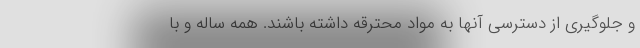
و جلوگیری از دسترسی آنها به مواد محترقه داشته باشند. همه ساله و با